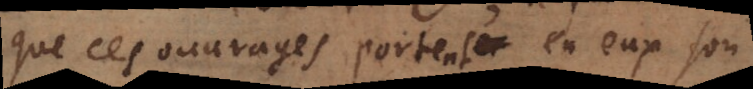
que ces ouvrages portent en eux son